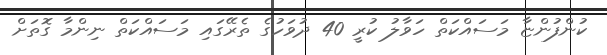
ކުންފުންޏާ މަސައްކަތް ހަވާލު ކުރީ 40 ދުވަހުގެ ތެރޭގައި މަސައްކަތް ނިންމާ ގޮތަށް